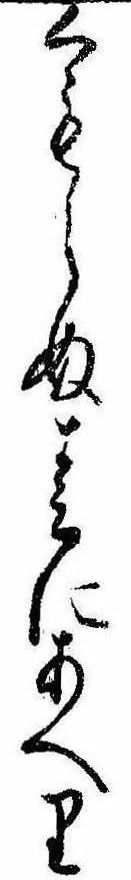
くもらぬ春にあへり